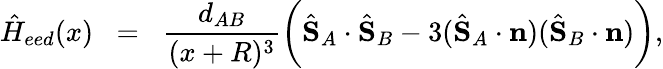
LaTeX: {\hat{H}}_{eed}(x)\; \; =\; \; \frac{d_{AB}}{(x+R)^{3}}\bigg(\hat{\mathbf{S}}_{A}\cdot\hat{\mathbf{S}}_{B}-3(\hat{\mathbf{S}}_{A}\cdot\mathbf{n})(\hat{\mathbf{S}}_{B}\cdot\mathbf{n})\bigg),